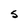
Character: S